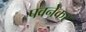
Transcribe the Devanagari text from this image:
पवनेकर